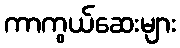
ကာကွယ်ဆေးများ